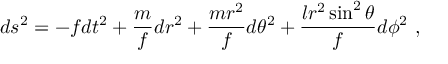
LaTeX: d s ^ { 2 } = - f d t ^ { 2 } + \frac { m } { f } d r ^ { 2 } + \frac { m r ^ { 2 } } { f } d \theta ^ { 2 } + \frac { l r ^ { 2 } \sin ^ { 2 } \theta } { f } d \phi ^ { 2 } \ ,